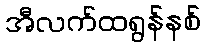
အီလက်ထရွန်နစ်